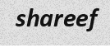
shareef